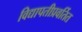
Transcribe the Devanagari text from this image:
विद्यापतीप्रवर्तित